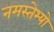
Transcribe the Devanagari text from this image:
नमस्तेभ्यो